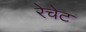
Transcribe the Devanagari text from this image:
रेचेट